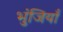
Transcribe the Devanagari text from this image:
भुंजियाँ